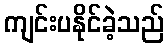
ကျင်းပနိုင်ခဲ့သည်